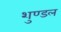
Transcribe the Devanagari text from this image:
शुण्डल